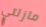
مازلتي